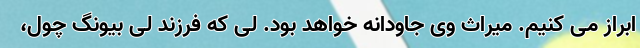
ابراز می کنیم. میراث وی جاودانه خواهد بود. لی که فرزند لی بیونگ چول،